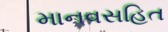
માનવસહિત